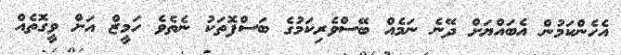
އެހެންކަމުން އެބައްޔަށް ދޭނެ ނަމެއް ބޭސްވެރިކަމުގެ ބަސްފޮތަކު ނެތެވެ ހަމީޒް އަށް ވީގޮތެއް